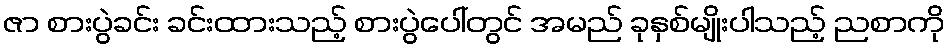
ဇာ စားပွဲခင်း ခင်းထားသည့် စားပွဲပေါ်တွင် အမည် ခုနှစ်မျိုးပါသည့် ညစာကို